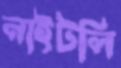
নাইটলি